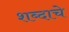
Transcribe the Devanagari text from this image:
शब्‍दाचे